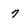
Character: 7